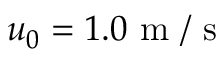
{ { u } _ { 0 } } = 1 . 0 \mathrm { ~ m ~ / ~ s ~ }